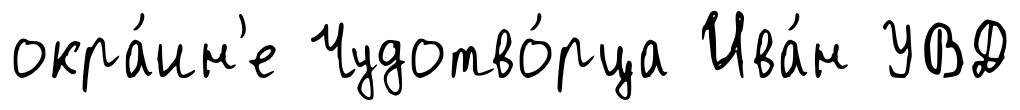
окра́ин'е Чудотво́рца Ива́н УВД